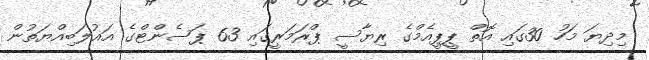
މިދިޔަ މަހު 30ގައި އޮތް ޕީޕީއެމްގެ ރިޔާސީ ޕްރަމަރީގައި 63 ޕަސެންޓްގެ އަޣުލަބިއްޔަތުން